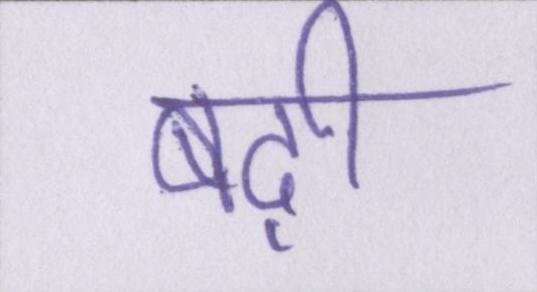
बढ़ी